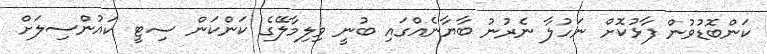
ކަންބޮޑުވުން ފާޅުކޮށް ނަހުލާ ނެރުނު ބާޔާނެއްގައި ބުނީ ވިލިމާލޭގެ ކަންކަން ސިޓީ ކައުންސިލަށް